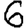
Digit: 6